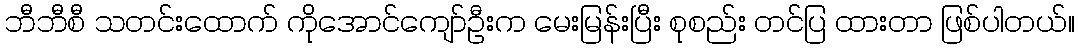
ဘီဘီစီ သတင်းထောက် ကိုအောင်ကျော်ဦးက မေးမြန်းပြီး စုစည်း တင်ပြ ထားတာ ဖြစ်ပါတယ်။